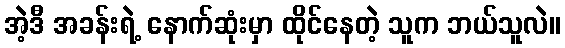
အဲ့ဒီ အခန်းရဲ့ နောက်ဆုံးမှာ ထိုင်နေတဲ့ သူက ဘယ်သူလဲ။